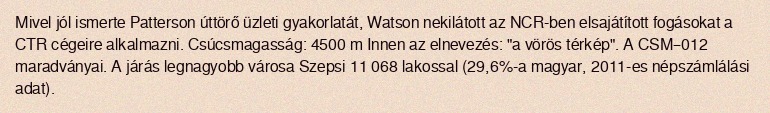
Mivel jól ismerte Patterson úttörő üzleti gyakorlatát, Watson nekilátott az NCR-ben elsajátított fogásokat a CTR cégeire alkalmazni. Csúcsmagasság: 4500 m Innen az elnevezés: "a vörös térkép". A CSM–012 maradványai. A járás legnagyobb városa Szepsi 11 068 lakossal (29,6%-a magyar, 2011-es népszámlálási adat).